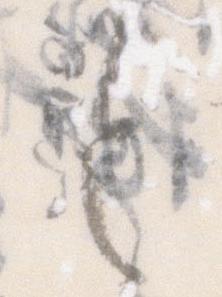
令